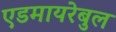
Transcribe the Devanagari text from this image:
एडमायरेबुल